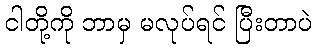
ငါတို့ကို ဘာမှ မလုပ်ရင် ပြီးတာပဲ